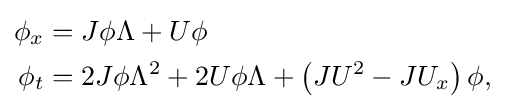
{\begin{aligned}\phi _{x}&=J\phi \Lambda +U\phi \\\phi _{t}&=2J\phi \Lambda ^{2}+2U\phi \Lambda +\left(JU^{2}-JU_{x}\right)\phi ,\end{aligned}}